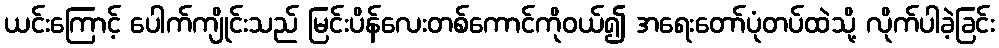
ယင်းကြောင့် ပေါက်ကျိုင်းသည် မြင်းပိန်လေးတစ်ကောင်ကိုဝယ်၍ အရေးတော်ပုံတပ်ထဲသို့ လိုက်ပါခဲ့ခြင်း